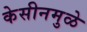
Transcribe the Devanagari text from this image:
केसीनमुळे